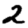
Digit: 2